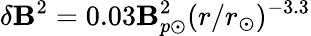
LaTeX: \delta\mathbf{B}^{2}=0.03\mathbf{B}_{p\odot}^{2}(r/r_{\odot})^{-3.3}